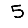
Digit: 5